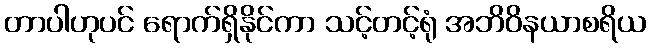
တာပါဟုပင် ရောက်ရှိနိုင်ကာ သင့်တင့်ရုံ အဘိဝိနယာစရိယ